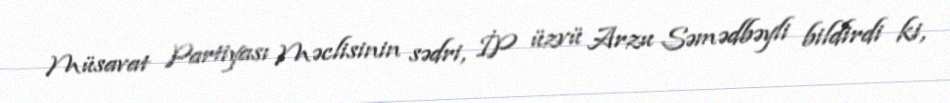
Müsavat Partiyası Məclisinin sədri, İP üzvü Arzu Səmədbəyli bildirdi ki,